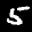
Label: 5